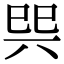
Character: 巺